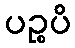
ပဉ္စပိ